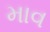
માવ